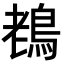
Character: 䳓